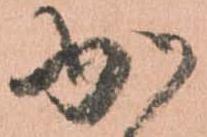
か